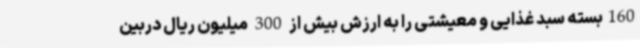
160بسته سبد غذایی و معیشتی را به ارزش بیش از 300 میلیون ریال دربین